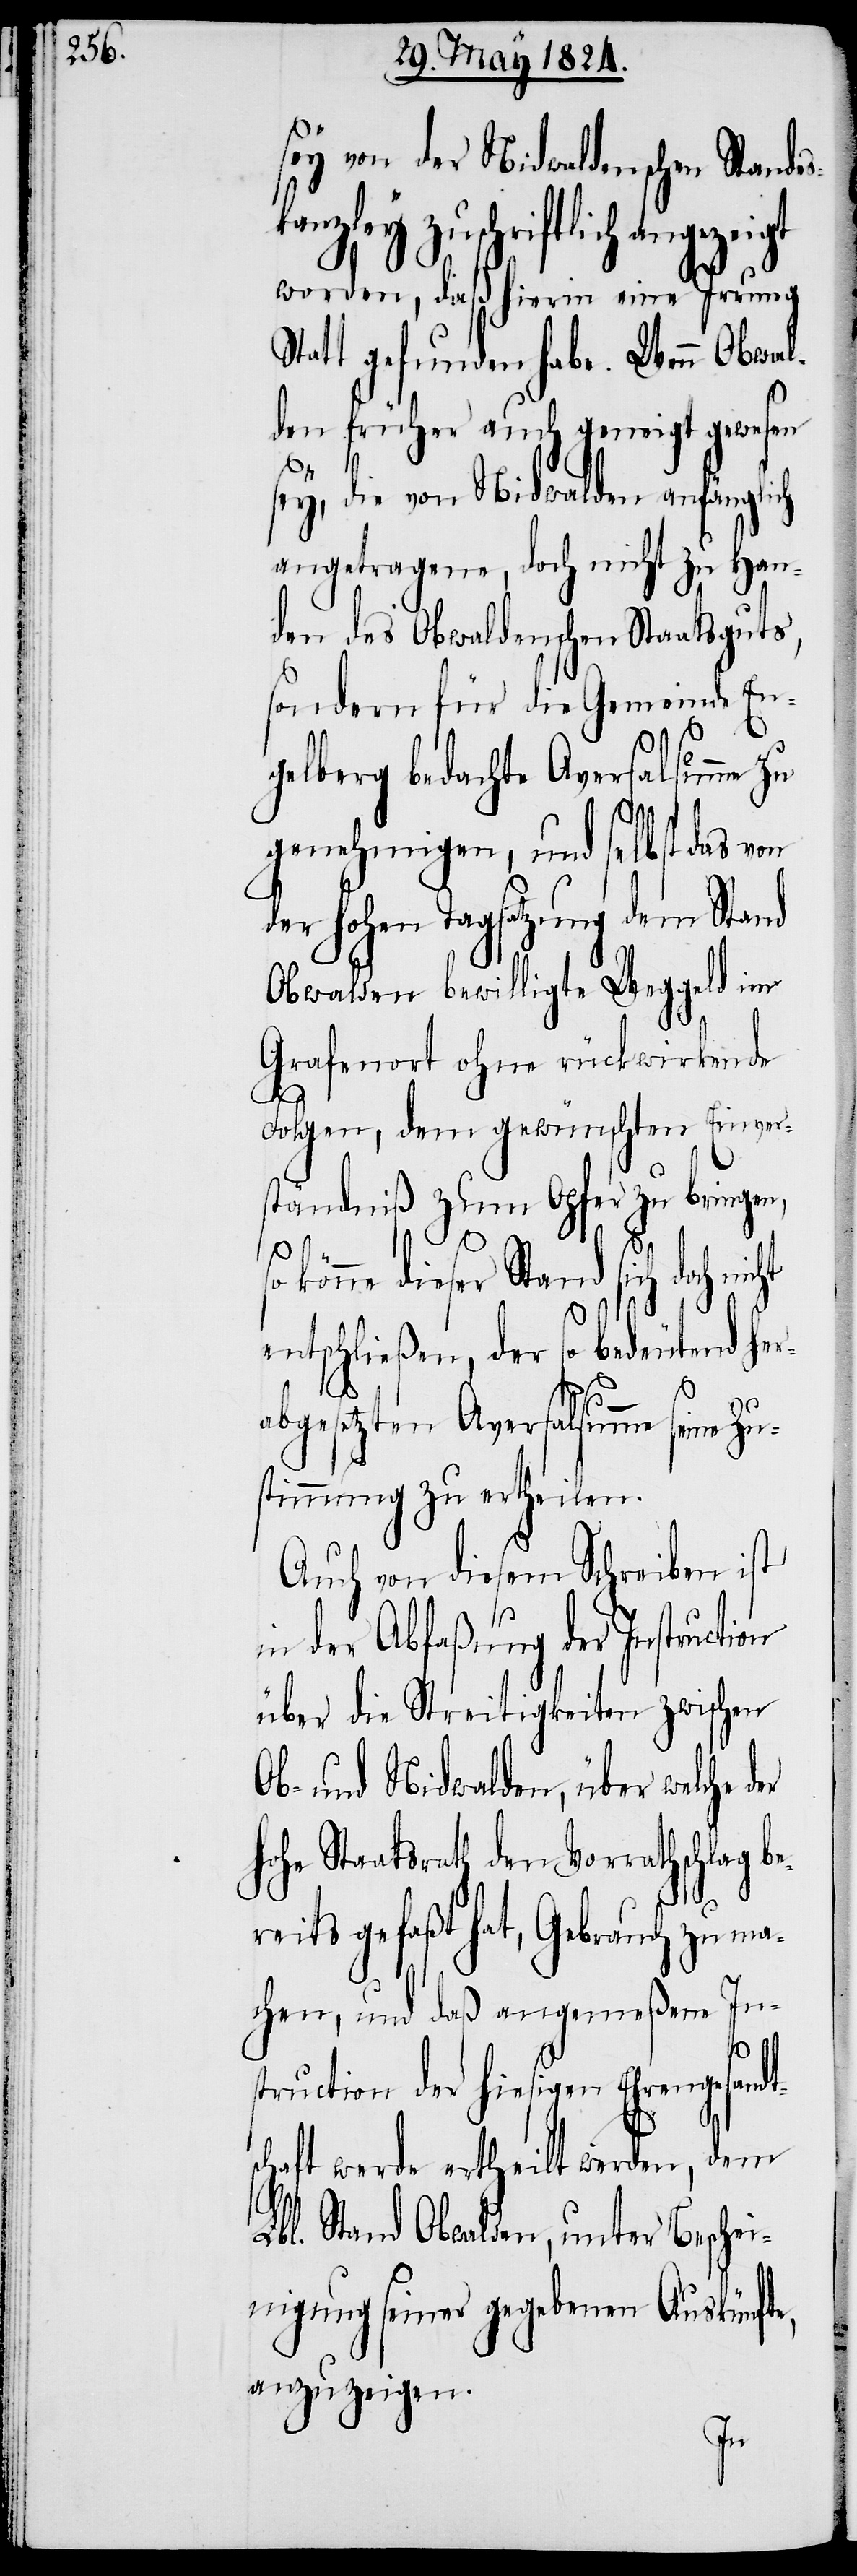
sey von der Nidwaldschen Stande¬
nzley zuschriftlich angezeigt
worden, daß hierin eine Irrung
Statt gefunden habe. Wenn Obwal¬
den früher auch geneigt gewesen
sey, die von Nidwalden anfänglich
angetragene, doch nicht zu Han¬
den des Obwaldschen Staatsguts,
sondern für die Gemeinde En¬
gelberg bedachte Aversalsumme zu
genehmigen, und selbst das von
der hohen Tagsatzung dem Stand
Obwalden bewilligte Weggeld im
Grafenort ohne rückwirkende
Folgen, dem gewünschten Einver¬
ständniß zum Opfer zu bringen,
könne dieser Stand sich doch
entschließen, der so bedeutend
abgesetzten Aversalsumme seine
stimmung zu ertheilen.
Auch von diesem Schreiben ist
in der Abfaßung der Instructi¬
über die Streitigkeiten zwischen
Ob- und Nidwalden, über welche d¬
hohe Staatsrath den Vorrathschlag be¬
reits gefaßt hat, Gebrauch zu ma¬
chen, und daß angemeßene In¬
struction der hiesigen Ehrengesandt¬
schaft werde ertheilt werden, dem
Lbl. Stand Obwalden, unter Beschei¬
nigung seiner gegebenen Auskünfte,
anzuzeigen.
er